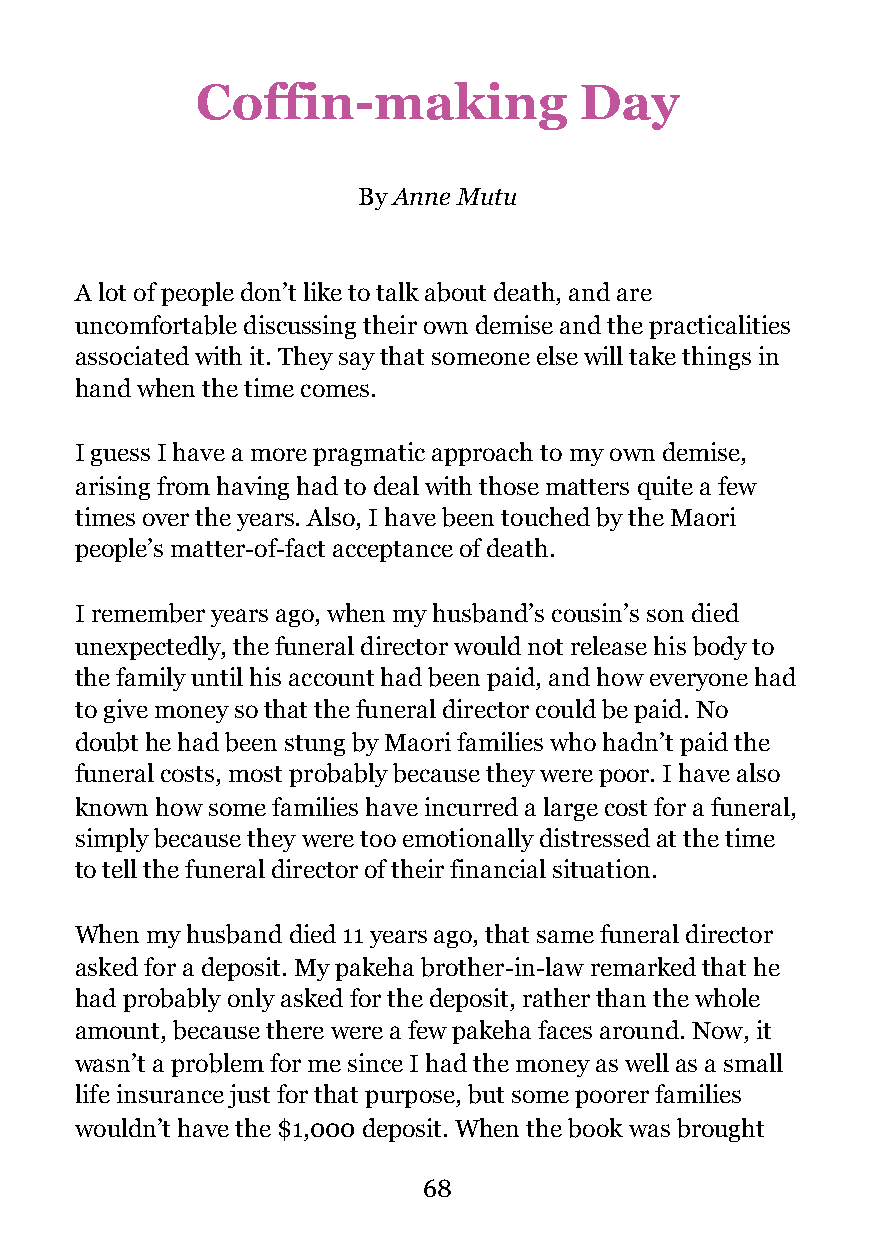
Coffin-making            Day
 By Anne Mutu
 A lot of people don’t like to talk about death, and are
 uncomfortable discussing their own demise and the practicalities
 associated with it. They say that someone else will take things in
 hand when the time comes.
 I guess I have a more pragmatic approach to my own demise,
 arising from having had to deal with those matters quite a few
 times over the years. Also, I have been touched by the Maori
 people’s matter-of-fact acceptance of death.
 I remember years ago, when my husband’s cousin’s son died
 unexpectedly, the funeral director would not release his body to
 the family until his account had been paid, and how everyone had
 to give money so that the funeral director could be paid. No
 doubt he had been stung by Maori families who hadn’t paid the
 funeral costs, most probably because they were poor. I have also
 known how some families have incurred a large cost for a funeral,
 simply because they were too emotionally distressed at the time
 to tell the funeral director of their financial situation.
 When my husband died 11 years ago, that same funeral director
 asked for a deposit. My pakeha brother-in-law remarked that he
 had probably only asked for the deposit, rather than the whole
 amount, because there were a few pakeha faces around. Now, it
 wasn’t a problem for me since I had the money as well as a small
 life insurance just for that purpose, but some poorer families
 wouldn’t have the $1,000 deposit. When the book was brought
 !68